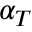
\alpha _ { T }